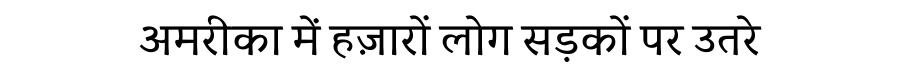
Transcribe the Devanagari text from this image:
अमरीका में हज़ारों लोग सड़कों पर उतरे